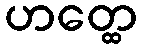
ဟတ္ထေ